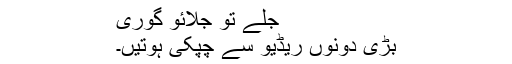
جلے تو جلائو گوری
بڑی دونوں ریڈیو سے چپکی ہوتیں۔